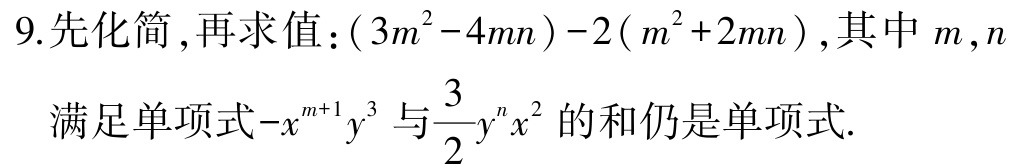
9.先化简,再求值：\((3m^{2}-4mn)-2(m^{2}+2mn)\),其中\(m,n\)

满足单项式\(-x^{m + 1}y^{3}\)与\(\dfrac{3}{2}y^{n}x^{2}\)的和仍是单项式.